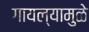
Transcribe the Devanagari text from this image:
गायल्यामुळे